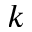
k